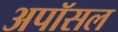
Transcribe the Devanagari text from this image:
अपॉसल